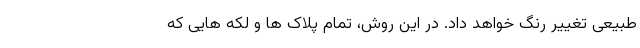
طبیعی تغییر رنگ خواهد داد. در این روش، تمام پلاک ها و لکه هایی که